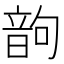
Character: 𩐝